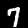
Digit: 7